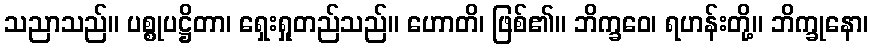
သညာသည်။ ပစ္စုပဋ္ဌိတာ၊ ရှေးရှုတည်သည်။ ဟောတိ၊ ဖြစ်၏။ ဘိက္ခဝေ၊ ရဟန်းတို့။ ဘိက္ခုနော၊